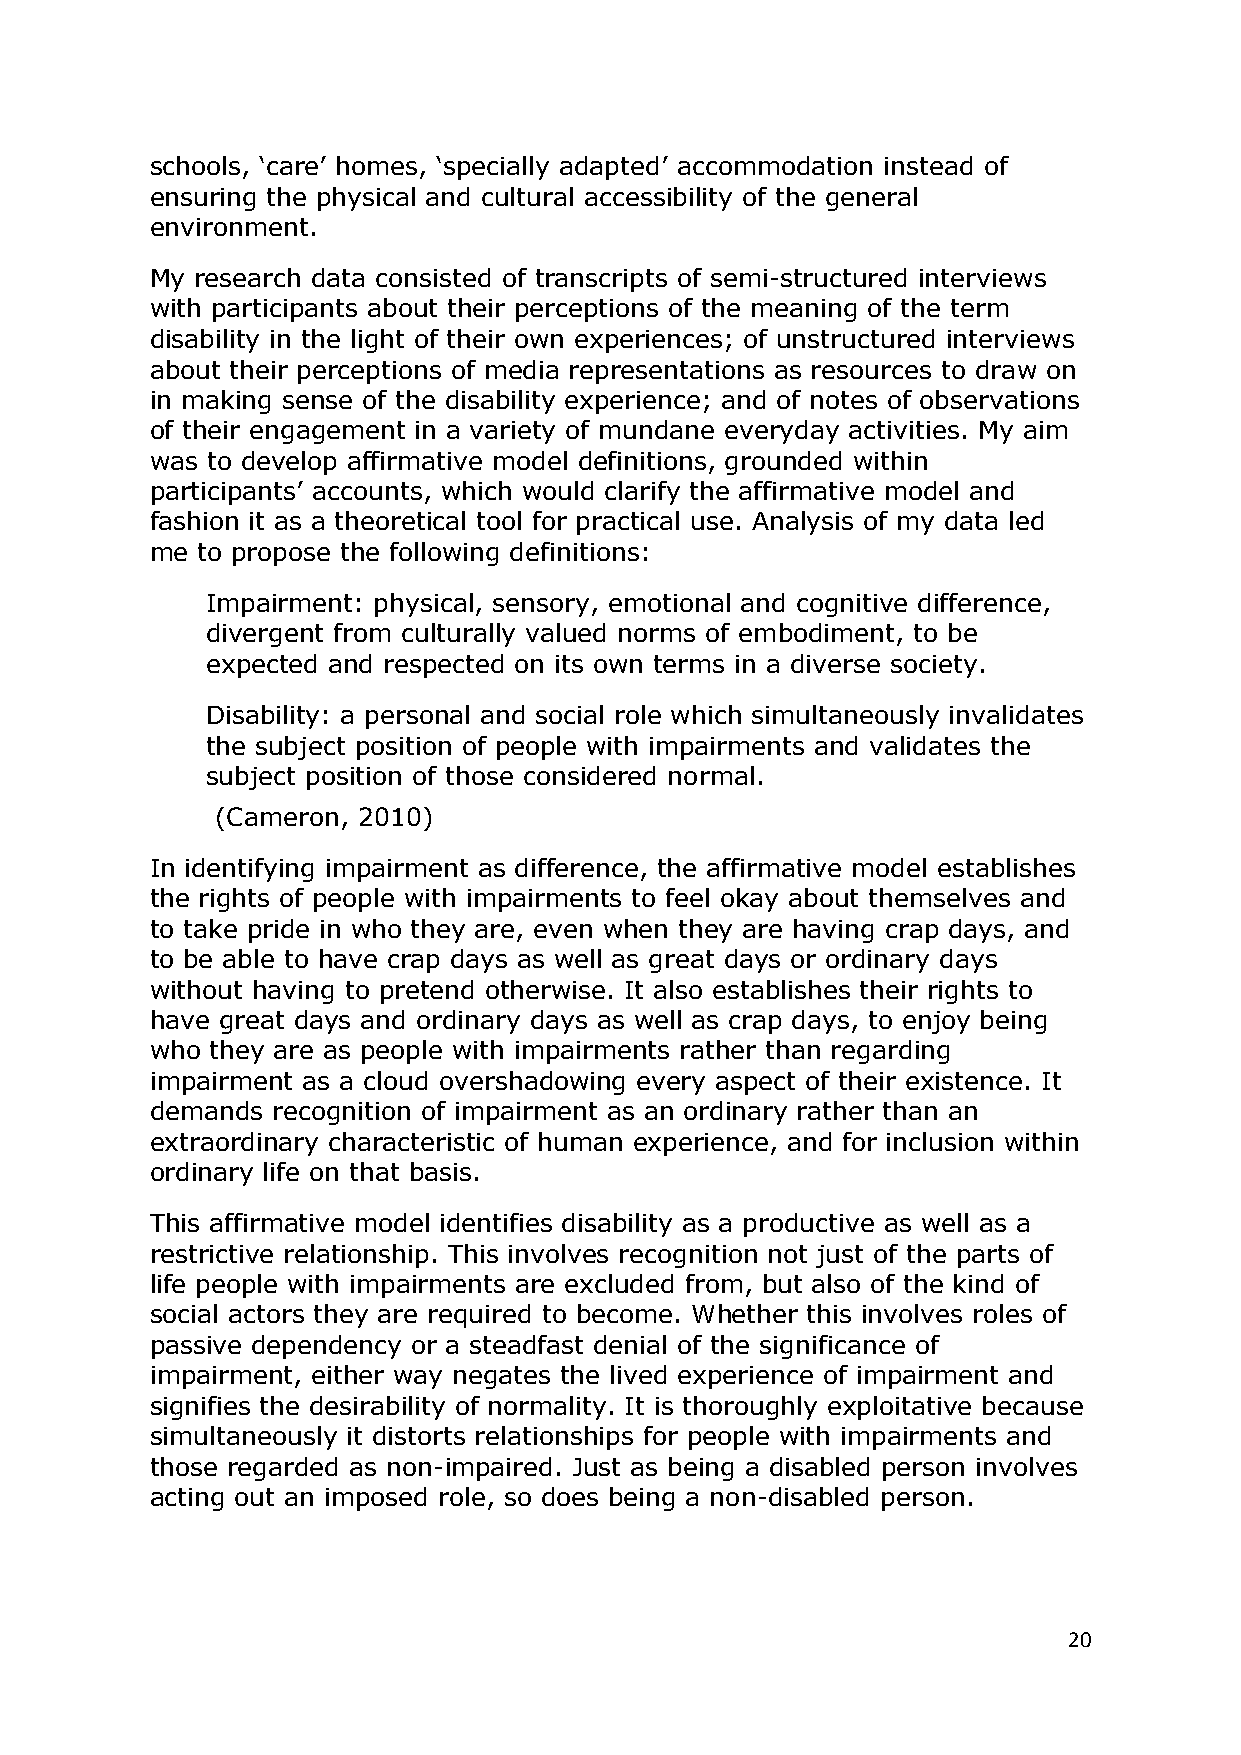
schools, ‗care‘ homes, ‗specially adapted‘ accommodation instead of
 ensuring the physical and cultural accessibility of the general
 environment.
 My research data consisted of transcripts of semi-structured interviews
 with participants about their perceptions of the meaning of the term
 disability in the light of their own experiences; of unstructured interviews
 about their perceptions of media representations as resources to draw on
 in making sense of the disability experience; and of notes of observations
 of their engagement in a variety of mundane everyday activities. My aim
 was to develop affirmative model definitions, grounded within
 participants‘ accounts, which would clarify the affirmative model and
 fashion it as a theoretical tool for practical use. Analysis of my data led
 me to propose the following definitions:
 Impairment: physical, sensory, emotional and cognitive difference,
 divergent from culturally valued norms of embodiment, to be
 expected and respected on its own terms in a diverse society.
 Disability: a personal and social role which simultaneously invalidates
 the subject position of people with impairments and validates the
 subject position of those considered normal.
 (Cameron, 2010)
 In identifying impairment as difference, the affirmative model establishes
 the rights of people with impairments to feel okay about themselves and
 to take pride in who they are, even when they are having crap days, and
 to be able to have crap days as well as great days or ordinary days
 without having to pretend otherwise. It also establishes their rights to
 have great days and ordinary days as well as crap days, to enjoy being
 who they are as people with impairments rather than regarding
 impairment as a cloud overshadowing every aspect of their existence. It
 demands recognition of impairment as an ordinary rather than an
 extraordinary characteristic of human experience, and for inclusion within
 ordinary life on that basis.
 This affirmative model identifies disability as a productive as well as a
 restrictive relationship. This involves recognition not just of the parts of
 life people with impairments are excluded from, but also of the kind of
 social actors they are required to become. Whether this involves roles of
 passive dependency or a steadfast denial of the significance of
 impairment, either way negates the lived experience of impairment and
 signifies the desirability of normality. It is thoroughly exploitative because
 simultaneously it distorts relationships for people with impairments and
 those regarded as non-impaired. Just as being a disabled person involves
 acting out an imposed role, so does being a non-disabled person.
 20